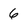
Character: 6